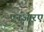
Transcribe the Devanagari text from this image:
एनआरए